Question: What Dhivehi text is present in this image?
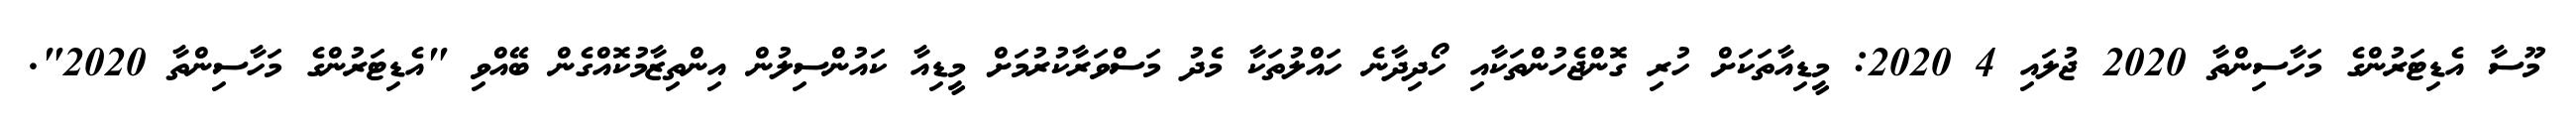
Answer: މޫސާ އެޑިޓަރުންގެ މަހާސިންތާ 2020 ޖުލައި 4 2020: މީޑިއާތަކަށް ހުރި ގޮންޖެހުންތަކާއި ހޯދިދާނެ ހައްލުތަކާ މެދު މަސްވަރާކުރުމަށް މީޑިއާ ކައުންސިލުން އިންތިޒާމުކޮއްގެން ބޭއްވި "އެޑިޓަރުންގެ މަހާސިންތާ 2020".